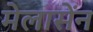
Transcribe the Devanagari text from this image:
मेलासेंन